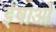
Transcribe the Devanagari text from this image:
ईषाओं